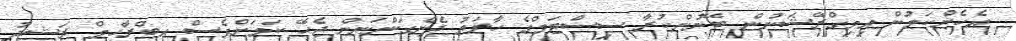
އެހެންކަމުން އިމިގްރޭޝަނުން ބޭނުންކުރާ ސިސްޓަމްގެ ހާލަތު ދެނެގަންނަން ޖެހޭ ކަމަށްވެސް އިބްރާހިމް ރަޝީދު